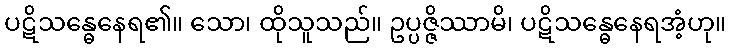
ပဋိသန္ဓေနေရ၏။ သော၊ ထိုသူသည်။ ဥပ္ပဇ္ဇိဿာမိ၊ ပဋိသန္ဓေနေရအံ့ဟု။